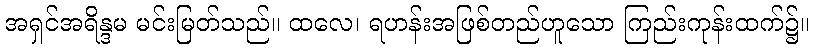
အရှင်အရိန္ဒမ မင်းမြတ်သည်။ ထလေ၊ ရဟန်းအဖြစ်တည်ဟူသော ကြည်းကုန်းထက်၌။